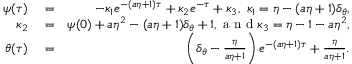
\begin{array} { r l r } { \psi ( \tau ) } & { { } = } & { - \kappa _ { 1 } e ^ { - ( a \eta + 1 ) \tau } + \kappa _ { 2 } e ^ { - \tau } + \kappa _ { 3 } , \ \kappa _ { 1 } = \eta - ( a \eta + 1 ) \delta _ { \theta } , } \\ { \kappa _ { 2 } } & { { } = } & { \psi ( { 0 } ) + a \eta ^ { 2 } - ( a \eta + 1 ) \delta _ { \theta } + 1 , \mathrm { ~ a ~ n ~ d ~ } \kappa _ { 3 } = \eta - 1 - a \eta ^ { 2 } , } \\ { \theta ( \tau ) } & { { } = } & { \left( \delta _ { \theta } - \frac { \eta } { a \eta + 1 } \right) e ^ { - ( a \eta + 1 ) \tau } + \frac { \eta } { a \eta + 1 } . } \end{array}